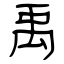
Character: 禹